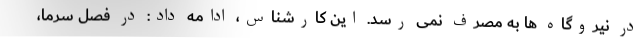
در نیروگاه ها به مصرف نمی رسد. این کارشناس، ادامه داد: در فصل سرما،